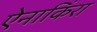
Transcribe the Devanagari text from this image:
ऐनाकिंरा